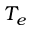
T _ { e }